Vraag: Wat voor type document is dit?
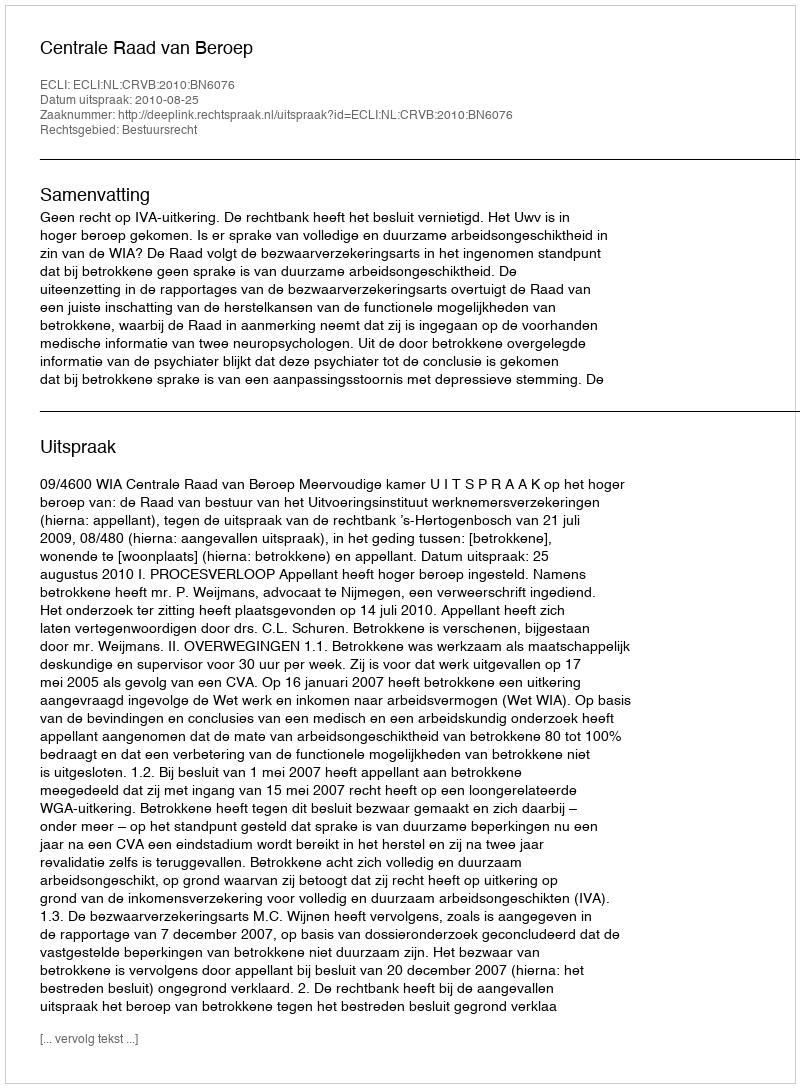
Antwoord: Uitspraak